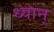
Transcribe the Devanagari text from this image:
ध्यान्